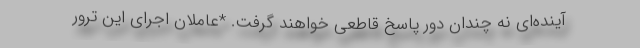
آینده‌ای نه چندان دور پاسخ قاطعی خواهند گرفت. *عاملان اجرای این ترور